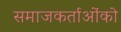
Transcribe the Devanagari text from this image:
समाजकर्ताओंको